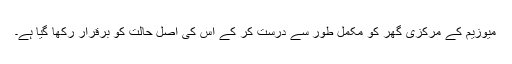
میوزیم کے مرکزی گھر کو مکمل طور سے درست کر کے اس کی اصل حالت کو برقرار رکھا گیا ہے۔